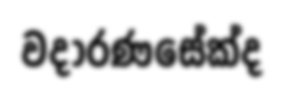
වදාරණසේක්ද